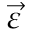
\Vec { \varepsilon }